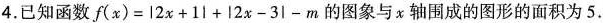
4.已知函数 $$f ( x ) = \left | 2 x + 1 \right | + \left | 2 x - 3 \right | -m$$ 的图象与x轴围成的图形的面积为5.